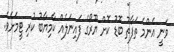
ވަނީ އެންމެ ތަފާތު ބޮޑު ކޮށް ޔޫރޯގެ ފައިނަލެއް ކާމިޔާބު ކުރި ޓީމަށެވެ.